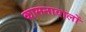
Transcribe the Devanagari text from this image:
कामनावालों